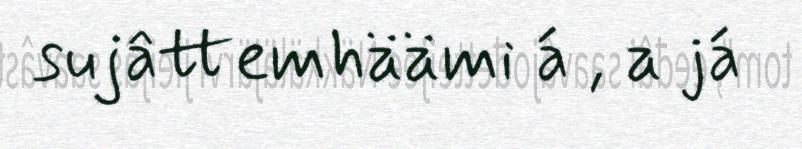
sujâttemhäämi á , a já